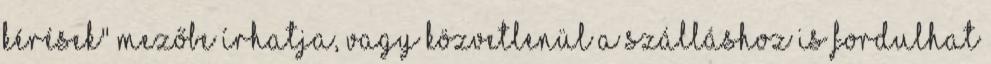
kérések" mezőbe írhatja, vagy közvetlenül a szálláshoz is fordulhat